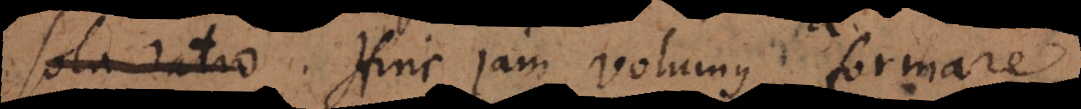
sola ratio. Hinc jam volumus formare